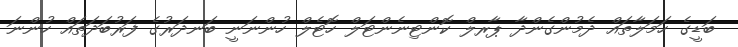
ބަޑީގެ ހަމަލާތައް ދެމުންގެންދާ ޕާރލް ކޮންޓިނެންޓަލް ހޮޓެލް ހުންނަނީ ބަނދަރުގެ ފަރުބަދަތައް ހުންނަ